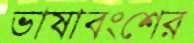
ভাষাবংশের